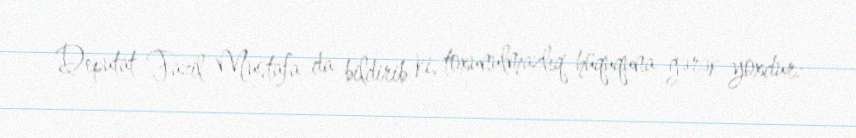
Deputat Fazil Mustafa da bildirib ki, toxunulmazlıq hüququna gərək yoxdur: